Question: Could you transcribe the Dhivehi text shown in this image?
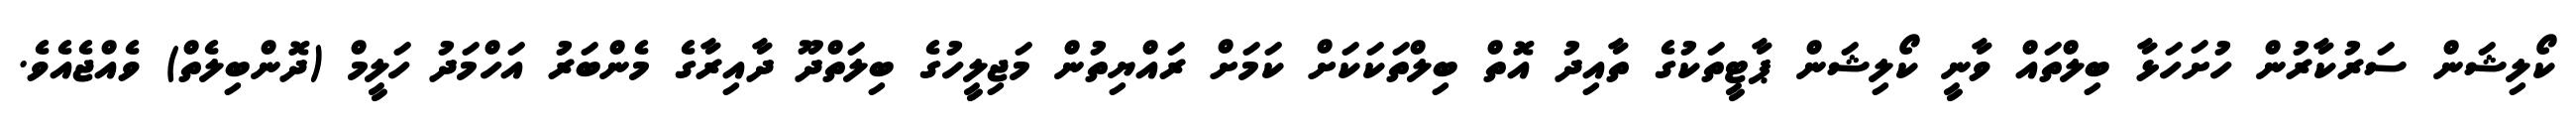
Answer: ކޯލިޝަން ސަރުކާރުން ހުށަހަޅާ ބިލްތައް ވާނީ ކޯލިޝަން ޕާޓީތަކުގެ ތާއިދު އޮތް ބިލްތަކަކަށް ކަމަށް ރައްޔިތުން މަޖިލީހުގެ ބިލަތްދޫ ދާއިރާގެ މެންބަރު އަހްމަދު ހަލީމް (ދޮންބިލެތް) ވެއްޖެއެވެ.